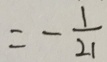
= - \frac { 1 } { 2 1 }